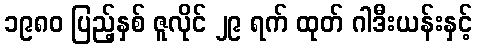
၁၉၈၀ ပြည့်နှစ် ဇူလိုင် ၂၉ ရက် ထုတ် ဂါဒီးယန်းနှင့်